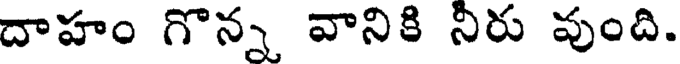
దాహం గొన్న వానికి నిరు వుంది.